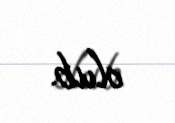
olub.